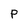
Character: P